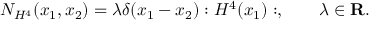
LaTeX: N _ { H ^ { 4 } } ( x _ { 1 } , x _ { 2 } ) = \lambda \delta ( x _ { 1 } - x _ { 2 } ) : H ^ { 4 } ( x _ { 1 } ) : , \quad \quad \lambda \in \mathbf { R } .